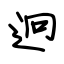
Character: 迥